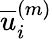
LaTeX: \overline{{u}}_{i}^{\left(m\right)}